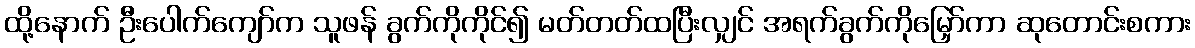
ထို့နောက် ဦးပေါက်ကျော်က သူဖန် ခွက်ကိုကိုင်၍ မတ်တတ်ထပြီးလျှင် အရက်ခွက်ကိုမြှော်ကာ ဆုတောင်းစကား